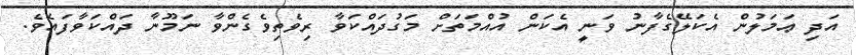
އަދި ޢަމަލުން އެކަލޭގެފާނު ވަނީ އެކަން އުއްމަތަށް މަގުދައްކަވާ ރިވެތިވެގެންވާ ނަމޫނާ ދައްކަވާފައެވެ.